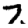
Digit: 7